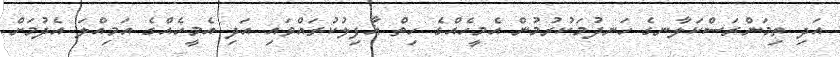
އަދި ތިމަންރަސްކަލާނގެ ހަނދުމަކުރުމުން އެމީހެއްގެ ހިތް ޣާފިލުކުރައްވައި އަދި އެމީހެއްގެ އަމިއްލަ އެދުމަށް